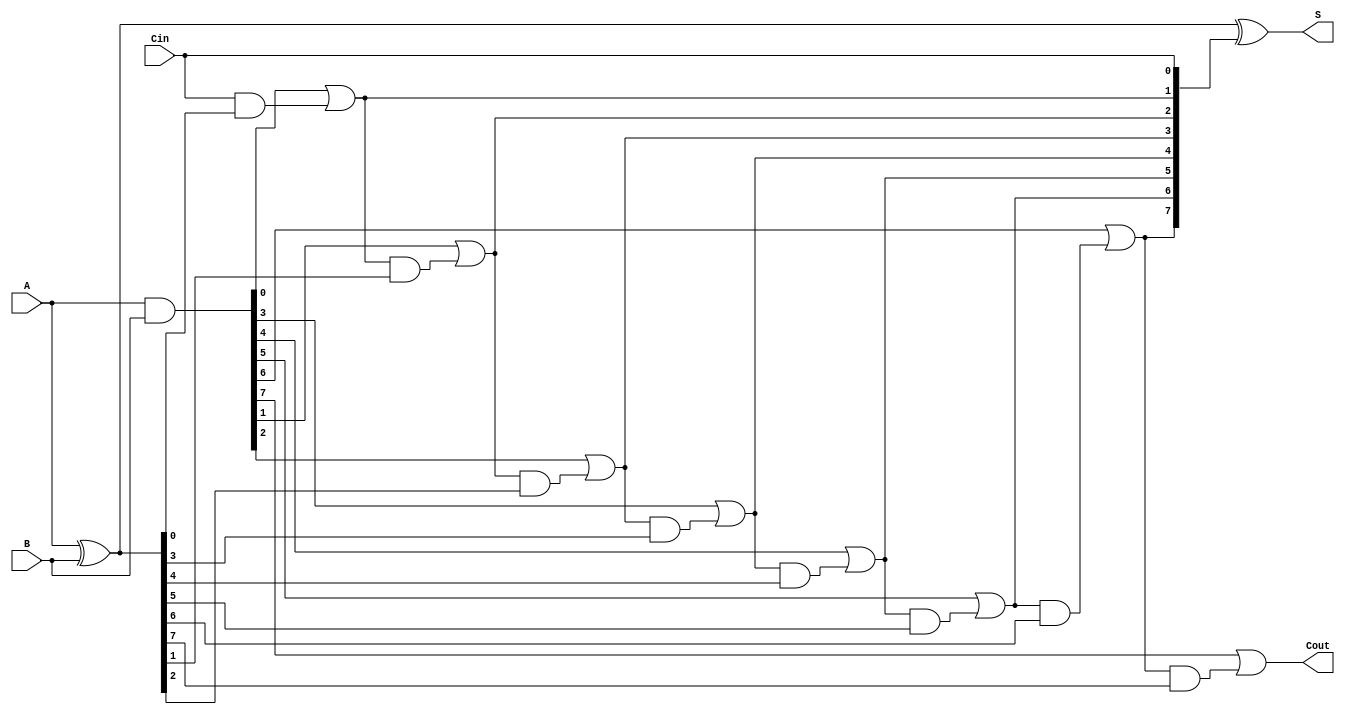
module HanCarlsonAdder #(parameter N = 8) (
    input  wire [N-1:0] A,   // First n-bit input
    input  wire [N-1:0] B,   // Second n-bit input
    input  wire Cin,          // Carry-in bit
    output wire [N-1:0] S,    // n-bit sum output
    output wire Cout          // Carry-out bit
);

    wire [N-1:0] P; // Propagate
    wire [N-1:0] G; // Generate
    wire [N:0] C;    // Carry bits (C[0] = Cin)

    // Generate and Propagate signals
    assign P = A ^ B;        // Propagate
    assign G = A & B;        // Generate

    // Carry calculation using carry lookahead logic
    assign C[0] = Cin; // Initial carry input
    genvar i;
    generate
        for (i = 0; i < N; i = i + 1) begin : carry_gen
            if (i == 0) begin
                // C[1] from the first bit
                assign C[i+1] = G[i] | (C[i] & P[i]);
            end else begin
                // Subsequent carry calculations
                assign C[i+1] = G[i] | (C[i] & P[i]);
            end
        end
    endgenerate

    // Sum calculation
    assign S = P ^ C[N-1:0]; // Sum bits
    
    // Carry-out
    assign Cout = C[N];

endmodule